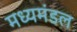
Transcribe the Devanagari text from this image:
मध्यमंडल